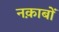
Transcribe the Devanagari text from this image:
नक़ाबों